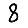
Digit: 8